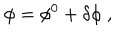
LaTeX: \phi = \phi ^ { 0 } + \delta \phi \; ,